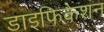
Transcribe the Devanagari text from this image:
डाइफिकेशन